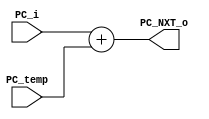
`timescale 1ns / 1ps
//////////////////////////////////////////////////////////////////////////////////
// Company: 
// Engineer: 
// 
// Design Name: 
// Module Name: PC_NEXT
// Project Name: 
// Target Devices: 
// Tool Versions: 
// Description: 
// 
// Dependencies: 
// 
// Revision:
// Revision 0.01 - File Created
// Additional Comments:
// 
//////////////////////////////////////////////////////////////////////////////////


module PC_NEXT(
    input [31:0] PC_i,
    input [31:0] PC_temp,
    output [31:0] PC_NXT_o
    );
    
    assign PC_NXT_o = PC_i + PC_temp;
endmodule